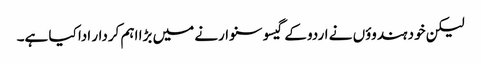
لیکن خود ہندوؤں نے اردو کے گیسو سنوارنے میں بڑا اہم کردار ادا کیا ہے۔